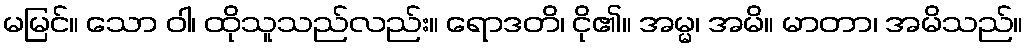
မမြင်။ သော ဝါ၊ ထိုသူသည်လည်း။ ရောဒတိ၊ ငို၏။ အမ္မ၊ အမိ။ မာတာ၊ အမိသည်။